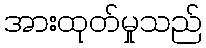
အားထုတ်မှုသည်